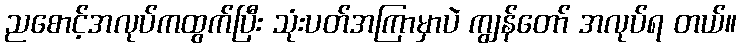
ညစောင့်အလုပ်ကထွက်ပြီး သုံးပတ်အကြာမှာပဲ ကျွန်တော် အလုပ်ရ တယ်။